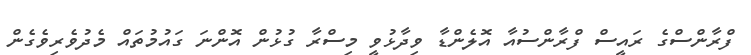
ފްރާންސްގެ ރައީސް ފްރާންސުއާ އޮލެންޑާ ވިދާޅުވީ މިސްރާ ގުޅުން އޮންނަ ގައުމުތައް މެދުވެރިވެގެން